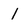
Character: 1